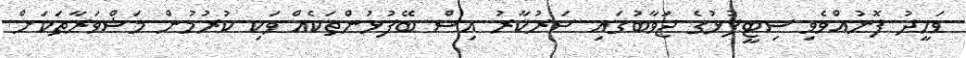
ވަހީދު ފޮނުއްވެވި ސިޓީފުޅުގެ ޖަވާބުގައި ސަރުކާރު އިސް ބޭފުޅުންތަކެއް ވަކި ކުރުމުން މަޝްވަރާތަކަށް